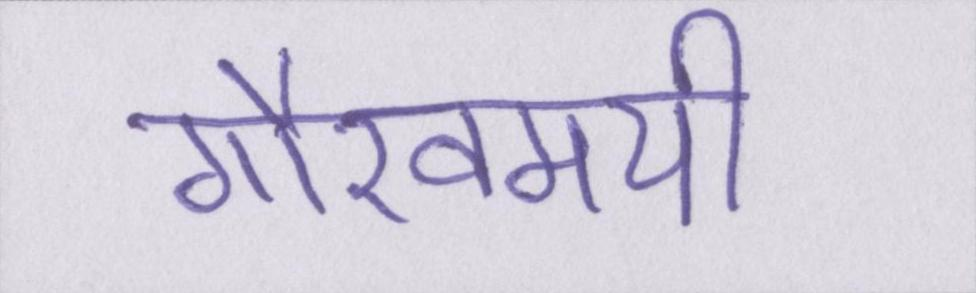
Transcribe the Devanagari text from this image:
गौरवमयी